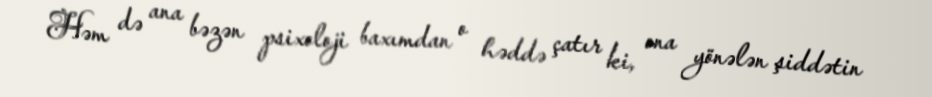
Həm də ana bəzən psixoloji baxımdan o həddə çatır ki, ona yönələn şiddətin